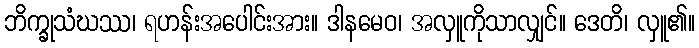
ဘိက္ခုသံဃဿ၊ ရဟန်းအပေါင်းအား။ ဒါနမေဝ၊ အလှူကိုသာလျှင်။ ဒေတိ၊ လှူ၏။